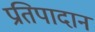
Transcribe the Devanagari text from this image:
प्रतिपादान